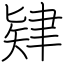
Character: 肄